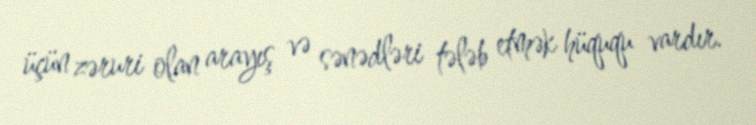
üçün zəruri olan arayış və sənədləri tələb etmək hüququ vardır.